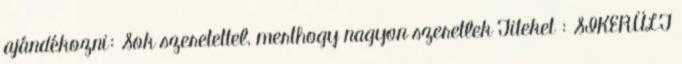
ajándékozni: Sok szeretettel, merthogy nagyon szeretlek Titeket : SIKERÜLT